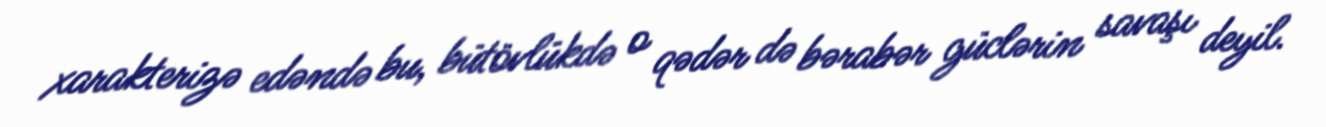
xarakterizə edəndə bu, bütövlükdə o qədər də bərabər güclərin savaşı deyil.